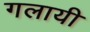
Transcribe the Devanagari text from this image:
गलायी